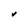
Character: v